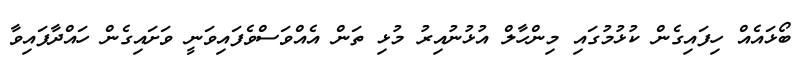
ބޯޅައެއް ހިފައިގެން ކުޅުމުގައި މިންހާލް އުޅުނުއިރު މުޅި ތަން އެއްވަސްވެފައިވަނީ ވަށައިގެން ހައްދާފައިވާ